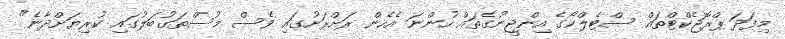
މިފަދަ ޕްރޮޖެކްޓްތައް ސްޓެލްކޯގެ އިންޖީނުގެތައް ހުންނަ އެހެން ރަށްރަށުގައި ވެސް މުސްތަގުބަލުގައި ކުރިޔަށްދާނެ"